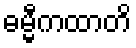
ဓမ္မီကထာတိ